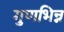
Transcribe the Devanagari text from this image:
गुणभिन्न